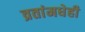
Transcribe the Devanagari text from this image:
व्रतांमधेही